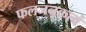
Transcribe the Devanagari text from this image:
फलजनकत्वं